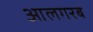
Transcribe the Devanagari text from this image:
आलगरब